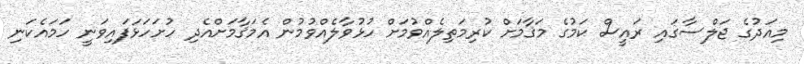
މިއަދުގެ ޖަލްސާގައި ރައީސް ކަމުގެ މަޤާމަށް ކުރިމަތިލެއްވުމަށް ހުޅުވާލެއްވުމުން އެމަޤާމަށްއެދި ހުށަހަޅަފައިވަނީ ހަމައެކަނި